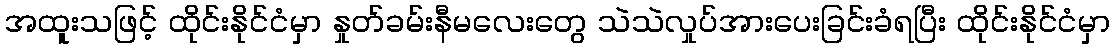
အထူးသဖြင့် ထိုင်းနိုင်ငံမှာ နှုတ်ခမ်းနီမလေးတွေ သဲသဲလှုပ်အားပေးခြင်းခံရပြီး ထိုင်းနိုင်ငံမှာ